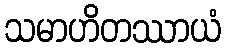
သမာဟိတဿာယံ